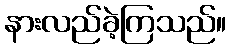
နားလည်ခဲ့ကြသည်။